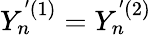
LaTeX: Y_{n}^{'(1)}=Y_{n}^{'(2)}